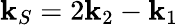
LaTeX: \mathbf{k}_{S}=2\mathbf{k}_{2}-\mathbf{k}_{1}